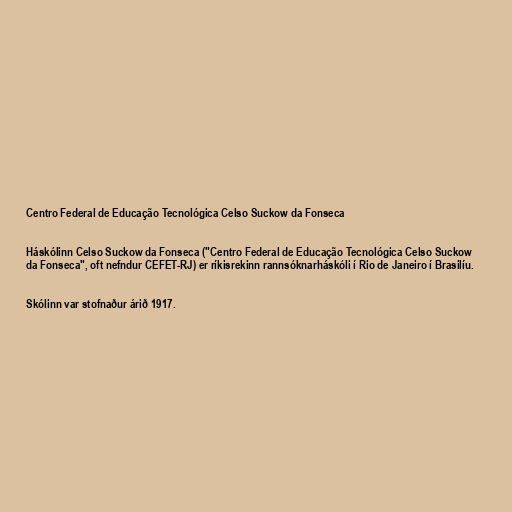
Centro Federal de Educação Tecnológica Celso Suckow da Fonseca

Háskólinn Celso Suckow da Fonseca ("Centro Federal de Educação Tecnológica Celso Suckow
da Fonseca", oft nefndur CEFET-RJ) er ríkisrekinn rannsóknarháskóli í Rio de Janeiro í Brasilíu.

Skólinn var stofnaður árið 1917.